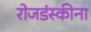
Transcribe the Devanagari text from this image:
रोजडंस्कीना